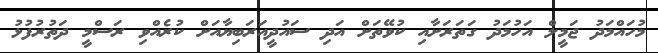
މުހައްމަދު ޖަމީލް އަހުމަދު ގަތަރަށާއި ކުވޭތަށް އަދި ސައުދީއަރަބިޔާއަށް ކުރެއްވި ރަސްމީ ދަތުރުފުޅު